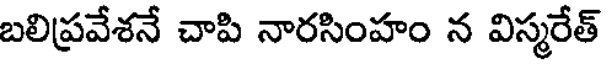
బలిప్రవేశనే చాపి నారసింహం న విస్మరేత్